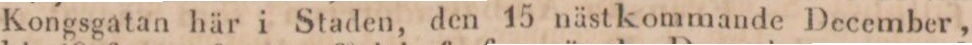
Kongsgatan här i Staden, den 15 nästkommande December,